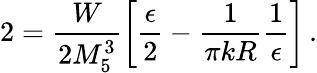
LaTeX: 2=\frac{W}{2M_{5}^{3}}\left[\frac{\epsilon}{2}-\frac{1}{\pi kR}\frac{1}{\epsilon}\right]\, .